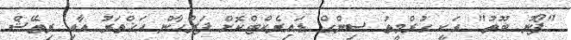
"ފޯނު ބޫތު" އަކީ ގުރްމީތު ސިންގް ޑައިރެކްޓްކޮށް ފަރްހާން އަޚްތަރު އާއި ރިތޭޝް